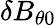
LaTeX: \delta B_{\theta 0}